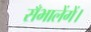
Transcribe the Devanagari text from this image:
सँभालेंगें।